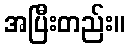
အပြီးတည်း။